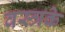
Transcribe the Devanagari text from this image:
वस्त्रके